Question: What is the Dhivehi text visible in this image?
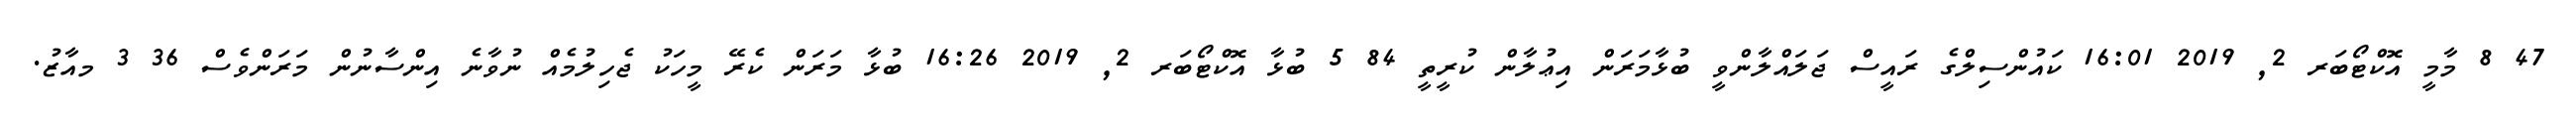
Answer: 47 8 މާމީ އޮކްޓޯބަރ 2, 2019 16:01 ކައުންސިލްގެ ރައީސް ޖަލައްލާންވީ ބުޅާމަރަން އިޢުލާން ކުރީތީ 84 5 ބުޅާ އޮކްޓޯބަރ 2, 2019 16:26 ބުޅާ މަރަން ކެރޭ މީހަކު ޖެހިލުމެއް ނުވާނެ އިންސާނުން މަރަންވެސް 36 3 މއާޒު.